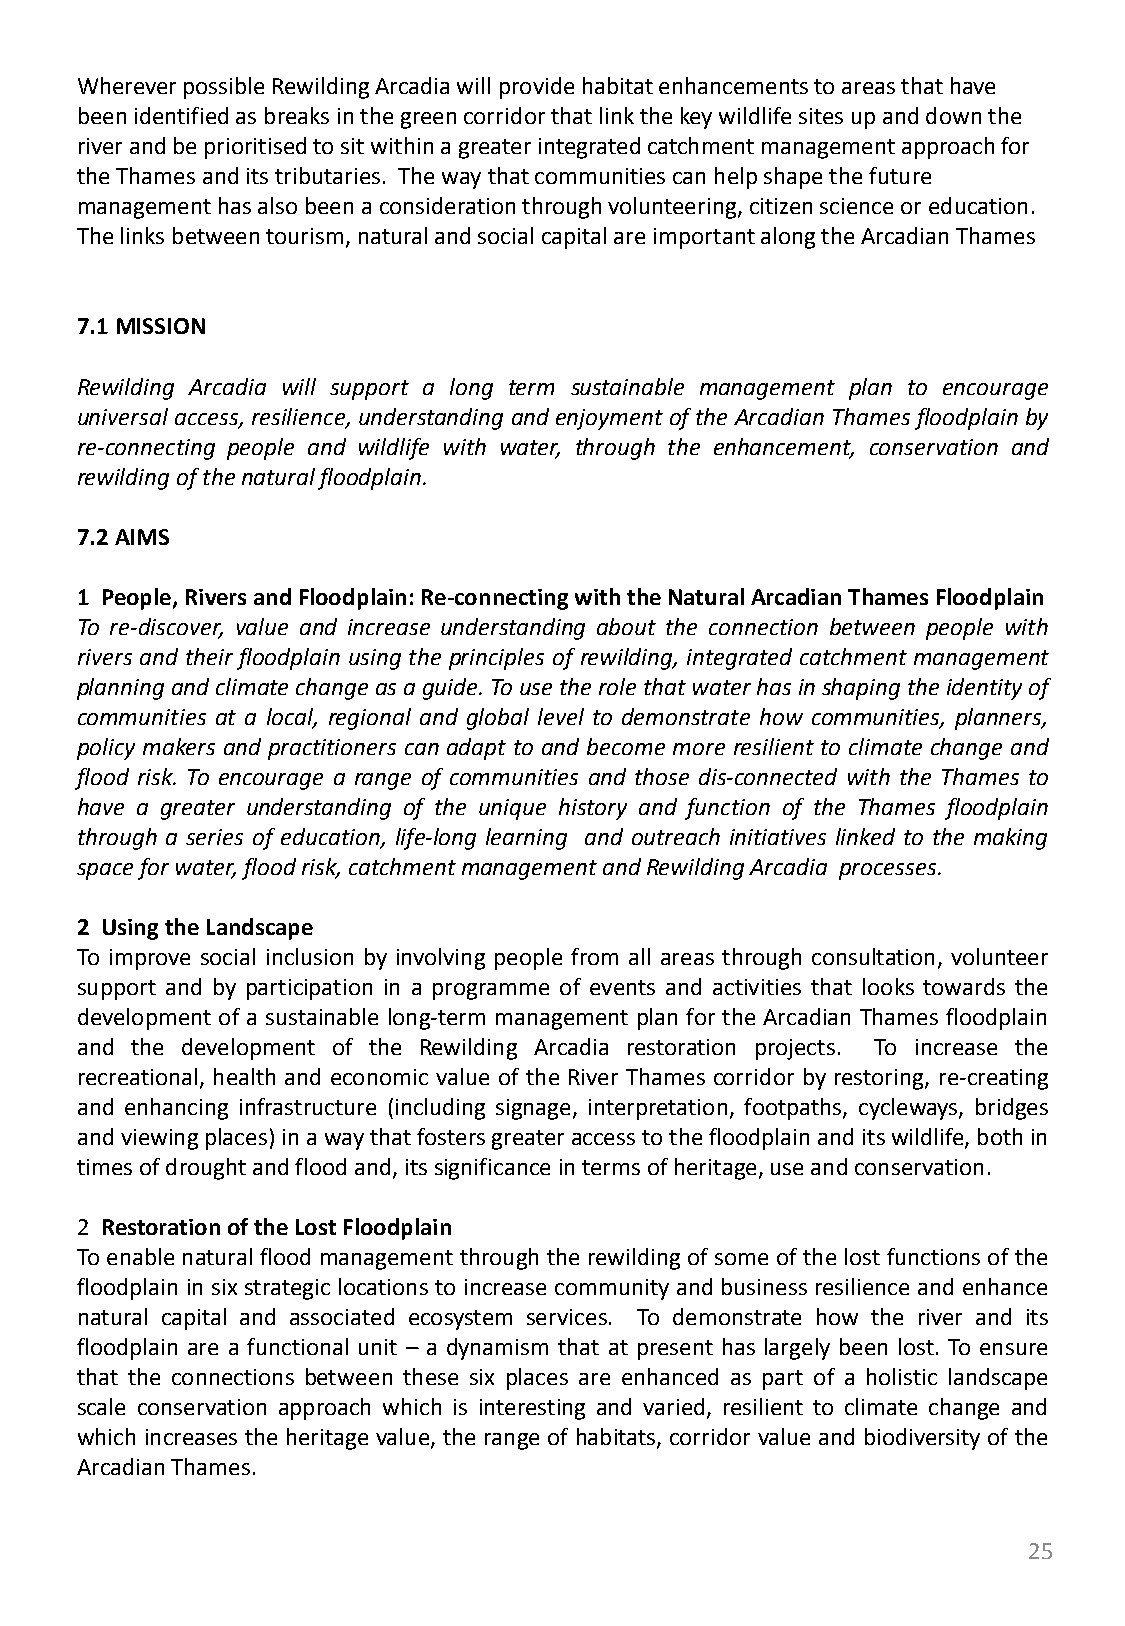
Wherever possible Rewilding Arcadia will provide habitat enhancements to areas that have
 been identified as breaks in the green corridor that link the key wildlife sites up and down the
 river and be prioritised to sit within a greater integrated catchment management approach for
 the Thames and its tributaries. The way that communities can help shape the future
 management has also been a consideration through volunteering, citizen science or education.
 The links between tourism, natural and social capital are important along the Arcadian Thames
 7.1 MISSION
 Rewilding Arcadia will support a long term sustainable management plan to encourage
 universal access, resilience, understanding andenjoyment of the Arcadian Thames floodplainby
 re-connecting people and wildlife with water, through the enhancement, conservation and
 rewildingofthenaturalfloodplain.
 7.2AIMS
 1 People,RiversandFloodplain:Re-connectingwiththeNaturalArcadianThamesFloodplain
 To re-discover, value and increase understanding about the connection between people with
 rivers and their floodplain using the principles of rewilding, integrated catchment management
 planningandclimatechangeasaguide.Tousetherolethatwaterhasinshapingtheidentityof
 communities at a local, regional and global level to demonstrate how communities, planners,
 policy makers and practitioners can adapt to and become more resilient to climate change and
 flood risk. To encourage a range of communities and those dis-connected with the Thames to
 have a greater understanding of the unique history and function of the Thames floodplain
 through a series of education, life-long learning and outreach initiatives linked to the making
 spaceforwater,floodrisk,catchmentmanagementandRewildingArcadia processes.
 2 UsingtheLandscape
 To improve social inclusion by involving people from all areas through consultation, volunteer
 support and by participation in a programme of events and activities that looks towards the
 development of a sustainable long-term management plan for the Arcadian Thames floodplain
 and the development of the Rewilding Arcadia restoration projects. To increase the
 recreational, health and economic value of the River Thames corridor by restoring, re-creating
 and enhancing infrastructure (including signage, interpretation, footpaths, cycleways, bridges
 andviewingplaces)inawaythatfostersgreateraccesstothefloodplainanditswildlife,bothin
 timesofdroughtandfloodand,itssignificanceintermsofheritage,useandconservation.
 2 RestorationoftheLostFloodplain
 To enable natural floodmanagementthrough the rewildingof some of the lost functions of the
 floodplain in six strategic locations to increase community and business resilience and enhance
 natural capital and associated ecosystem services. To demonstrate how the river and its
 floodplain are a functional unit – a dynamism that at present has largely been lost. To ensure
 that the connections between these six places are enhanced as part of a holistic landscape
 scale conservation approach which is interesting and varied, resilient to climate change and
 which increases the heritage value, the range of habitats, corridor value and biodiversity of the
 ArcadianThames.
 25